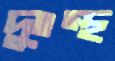
দুঃস্থ